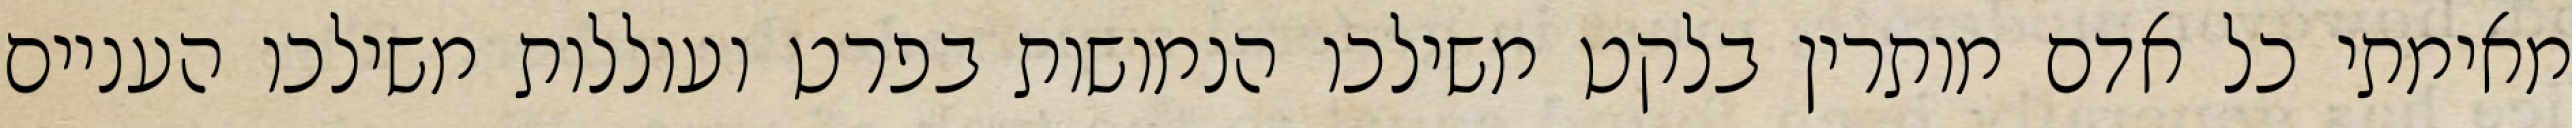
מאימתי כל אדם מותרין בלקט משילכו הנמושות בפרט ועוללות משילכו העניים